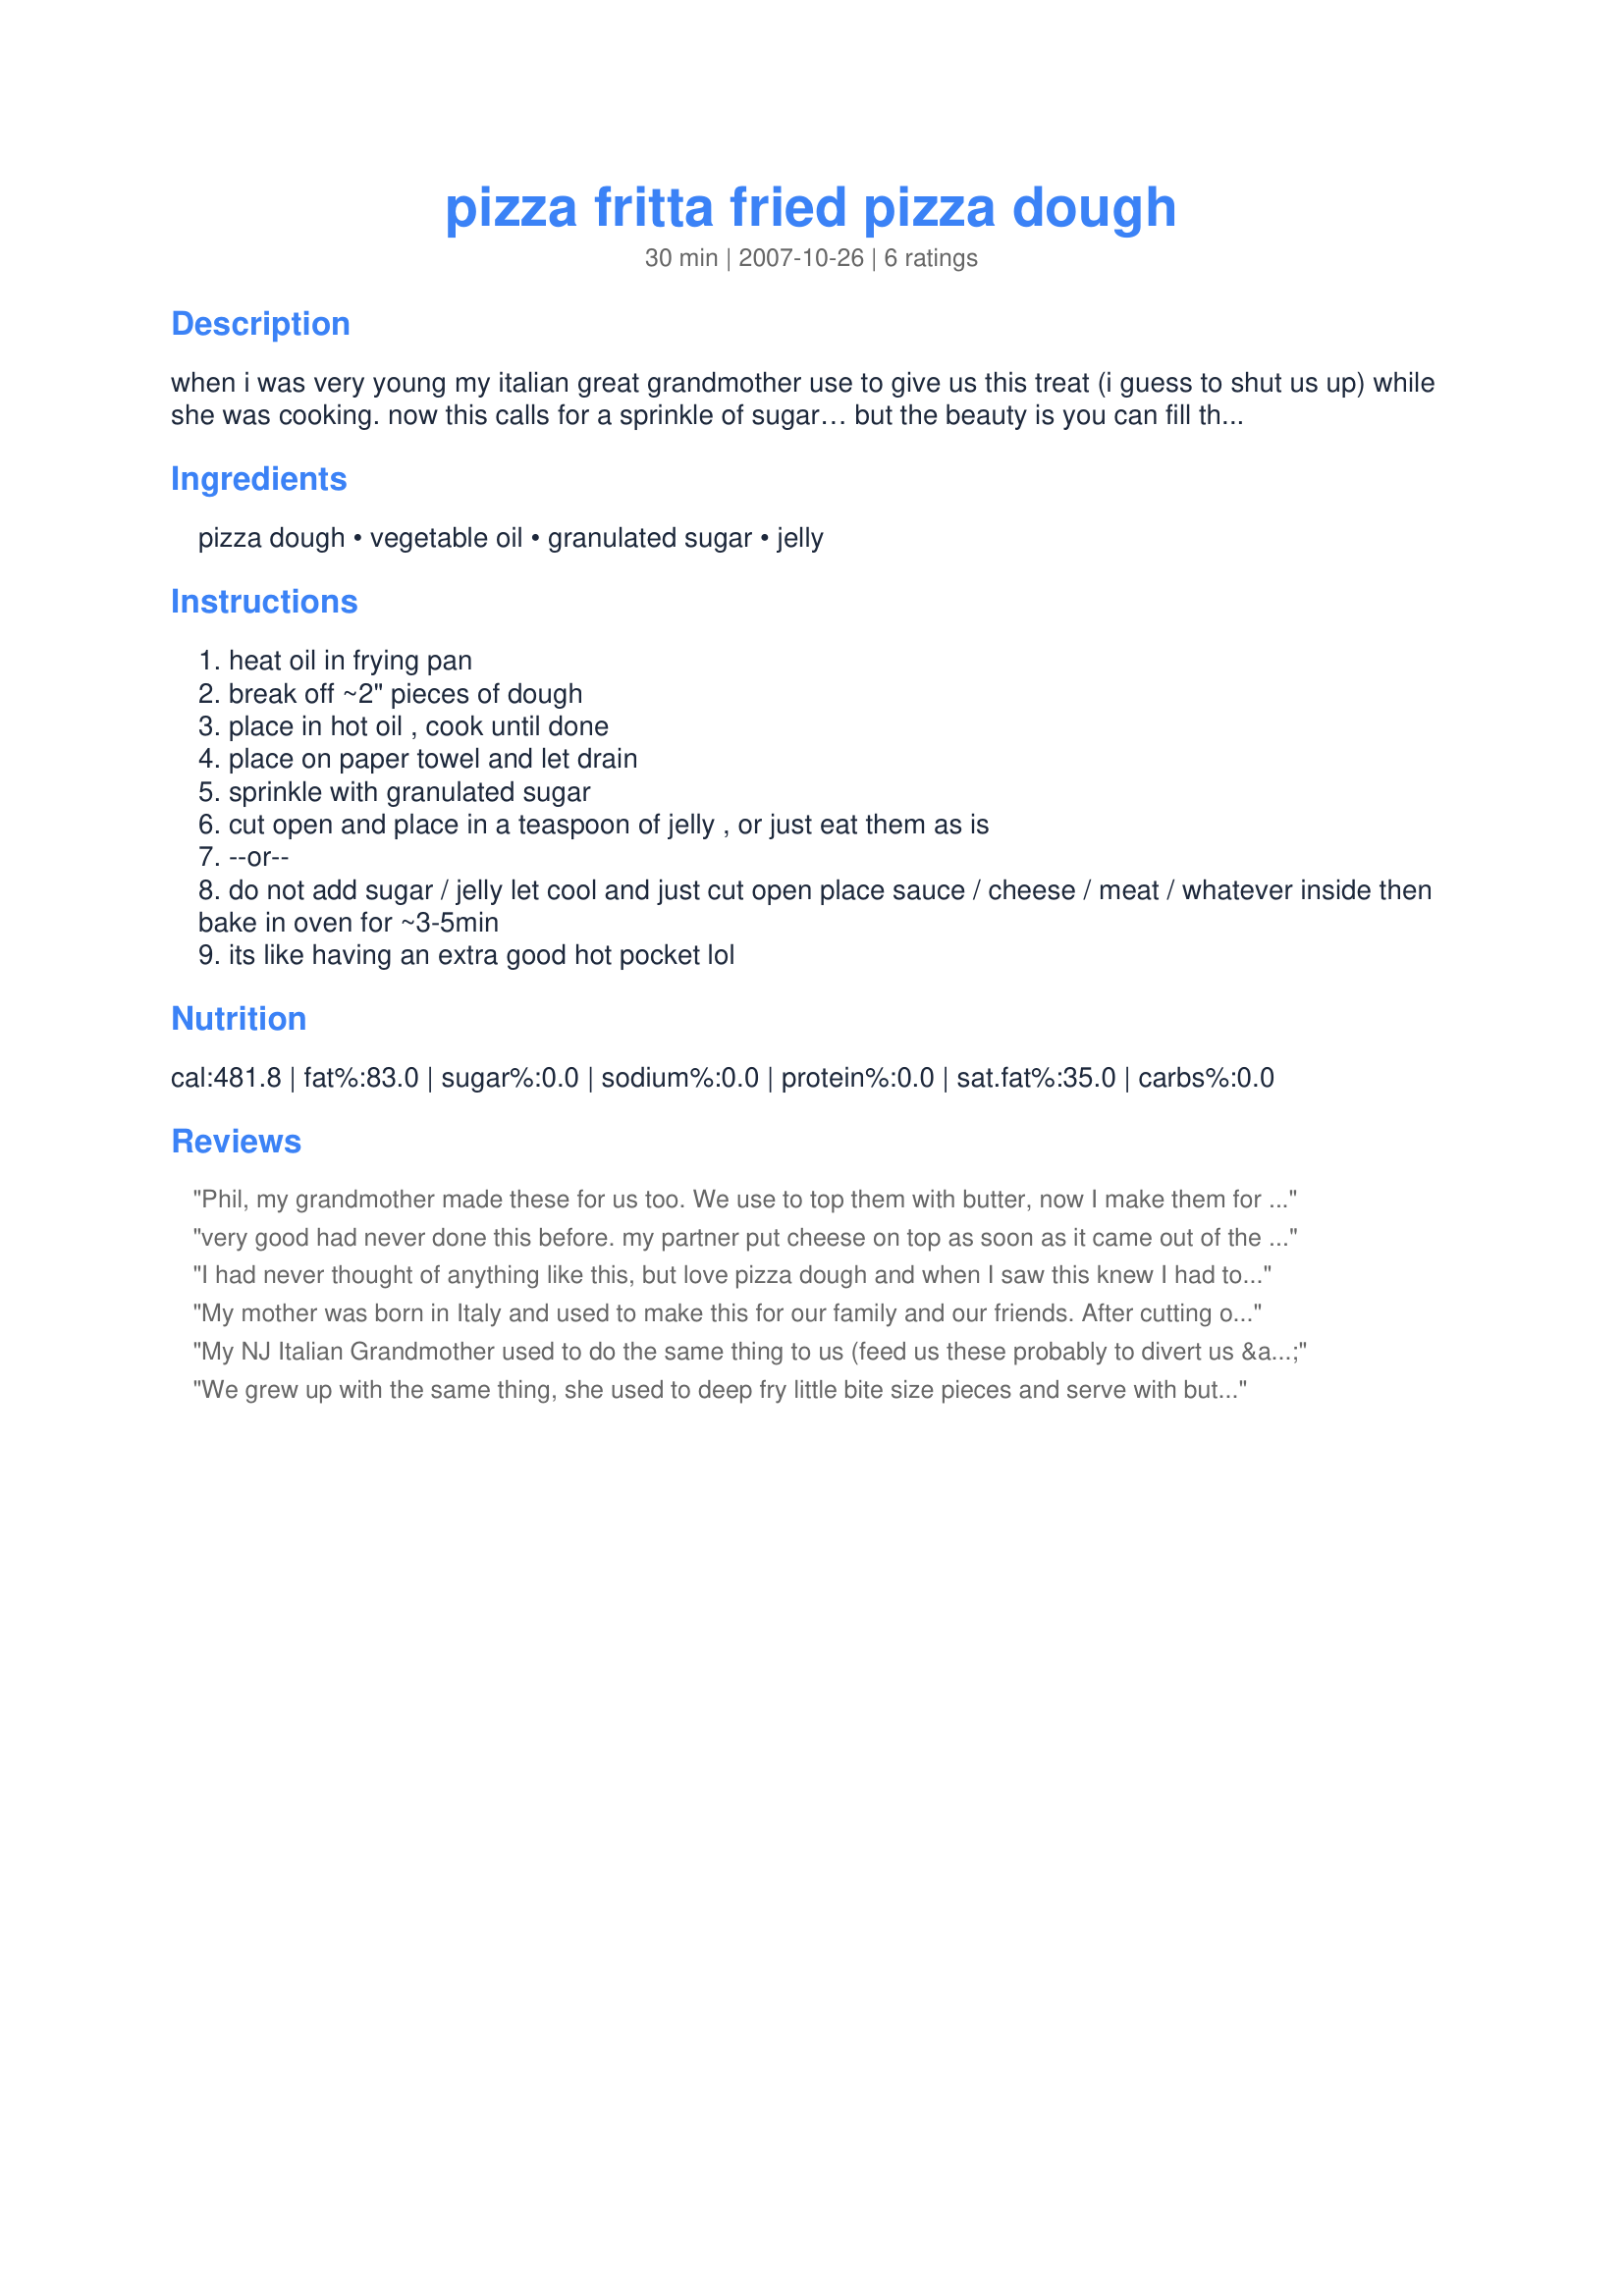
pizza fritta fried pizza dough
Preparation time: 30 minutes

when i was very young my italian great grandmother use to give us this treat (i guess to shut us up) while she was cooking. now this calls for a sprinkle of sugar… but the beauty is you can fill them with sauce, mozzarella, meat, whatever you like. this is also great with any left over/unused pizza dough

Ingredients:
pizza dough, vegetable oil, granulated sugar, jelly

Steps:
heat oil in frying pan
break off ~2" pieces of dough
place in hot oil , cook until done
place on paper towel and let drain
sprinkle with granulated sugar
cut open and place in a teaspoon of jelly , or just eat them as is
--or--
do not add sugar / jelly let cool and just cut open place sauce / cheese / meat / whatever inside then bake in oven for ~3-5min
its like having an extra good hot pocket lol

Reviews:
Phil, my grandmother made these for us too. We use to top them with butter, now I make them for my kids and they like them with butter and cinnamon and sugar. Thanks for the great recipe.
very good had never done this before. my partner put cheese on top as soon as it came out of the pan. it melted beautifully and made a great tasting snack!
I had never thought of anything like this, but love pizza dough and when I saw this knew I had to try it. Followed the directions (minus the sugar) and when done, split and stuffed with Mozzarella cheese and then used heated pizza sauce for dipping. LOVED it, I&#039;m thinking would even be good in small pieces for an appy with guest. Next plan on trying it with the sugar and cinnamon.
My mother was born in Italy and used to make this for our family and our friends. After cutting of a piece of the raised dough, Mom would stretch it out. A little practice may be required before you can stretch it without tearing it. This makes the dough cook better and raises it as it cooks. Try it, you will like it.
My NJ Italian Grandmother used to do the same thing to us (feed us these probably to divert us & keep us quiet as well).... we would top ours with butter as soon as they came out of the frying pan... 
We always had this at Easter with the leftover dough from her Pizza Gain < Recipe #293899 > YUMMM! We didn't add sugar or jelly... I like them best plain with just butter or with marinara sauce & sprinkles of grated cheese...
We grew up with the same thing, she used to deep fry little bite size pieces and serve with butter, and homemade chicken soup. Great meals. I love the deep fried dough taste, same as calzones, they must be deep fried, or I don't even like them.
